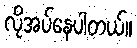
လိုအပ်နေပါတယ်။